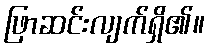
ဖြာဆင်းလျက်ရှိ၏။